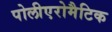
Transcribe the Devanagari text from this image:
पोलीएरोमैटिक